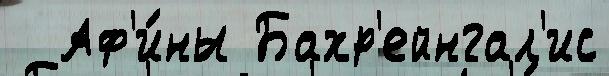
  Аф'и́ны Бахр'ейнгал'ис